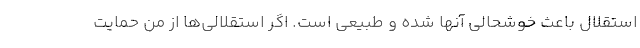
استقلال باعث خوشحالی آنها شده و طبیعی است. اگر استقلالی‌ها از من حمایت